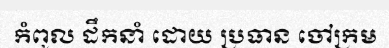
កំពូល ដឹកនាំ ដោយ ប្រធាន ចៅក្រម